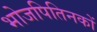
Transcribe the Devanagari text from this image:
भोजपितिनकों